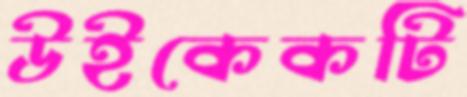
উইকেকটি